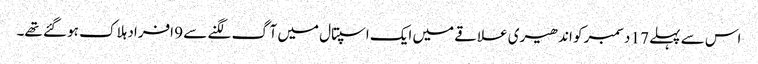
اس سے پہلے 17 دسمبر کو اندھیری علاقے میں ایک اسپتال میں آگ لگنے سے 9 افراد ہلاک ہو گئے تھے۔